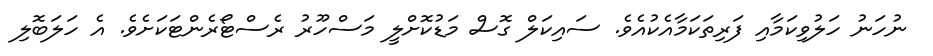
ނުހަނު ހަލުވިކަމާއި ފަރިތަކަމާއެކުއެވެ. ސައިކަލް ގޮސް މަޑުކޮށްލީ މަސްހޫރު ރެސްޓޯރެންޓަކަށެވެ. އެ ހަލަބޮލި